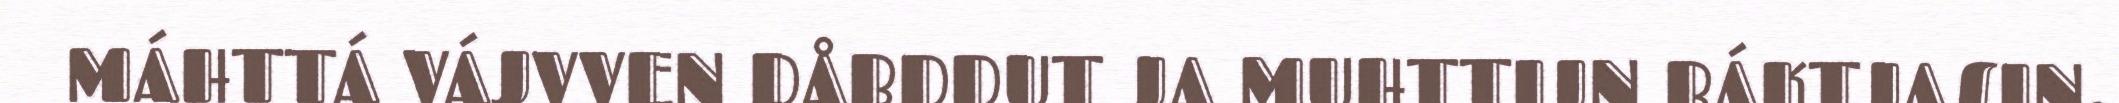
MÁHTTÁ VÁJVVEN DÅBDDUT JA MUHTTIJN BÁKTJASIN.